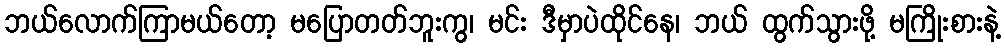
ဘယ်လောက်ကြာမယ်တော့ မပြောတတ်ဘူးကွ၊ မင်း ဒီမှာပဲထိုင်နေ၊ ဘယ် ထွက်သွားဖို့ မကြိုးစားနဲ့